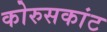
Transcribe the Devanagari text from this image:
कोरुसकांट